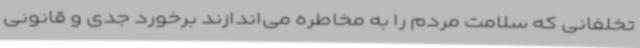
تخلفانی که سلامت مردم را به مخاطره می‌اندازند برخورد جدی و قانونی